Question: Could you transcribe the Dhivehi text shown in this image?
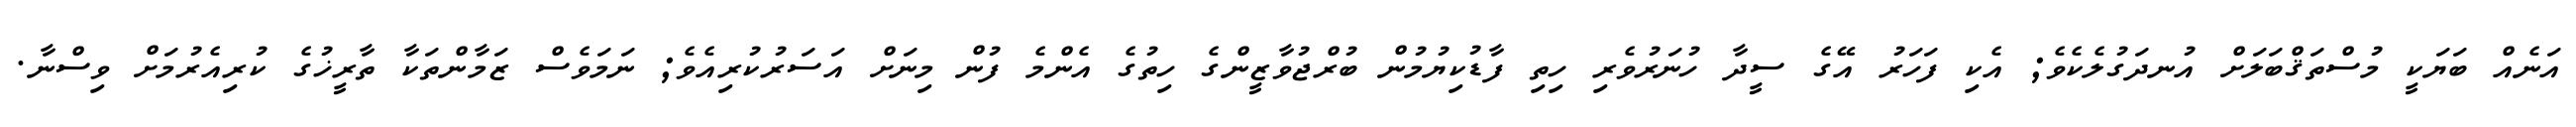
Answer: އަނެއް ބަޔަކީ މުސްތަޤްބަލަށް އުނދަގުލެކެވެ; އެކި ފަހަރު އޭގެ ސީދާ ހުނަރުވެރި ހިތި ފާޑުކިޔުމުން ބުރްޖުވާޒީންގެ ހިތުގެ އެންމެ ފުން މިނަށް އަސަރުކުރިއެވެ; ނަމަވެސް ޒަމާންތަކާ ތާރީޚުގެ ކުރިއެރުމަށް ވިސްނާ.